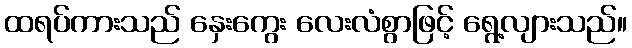
ထရပ်ကားသည် နှေးကွေး လေးလံစွာဖြင့် ရွေ့လျားသည်။